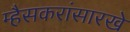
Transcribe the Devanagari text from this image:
म्हैसकरांसारखे